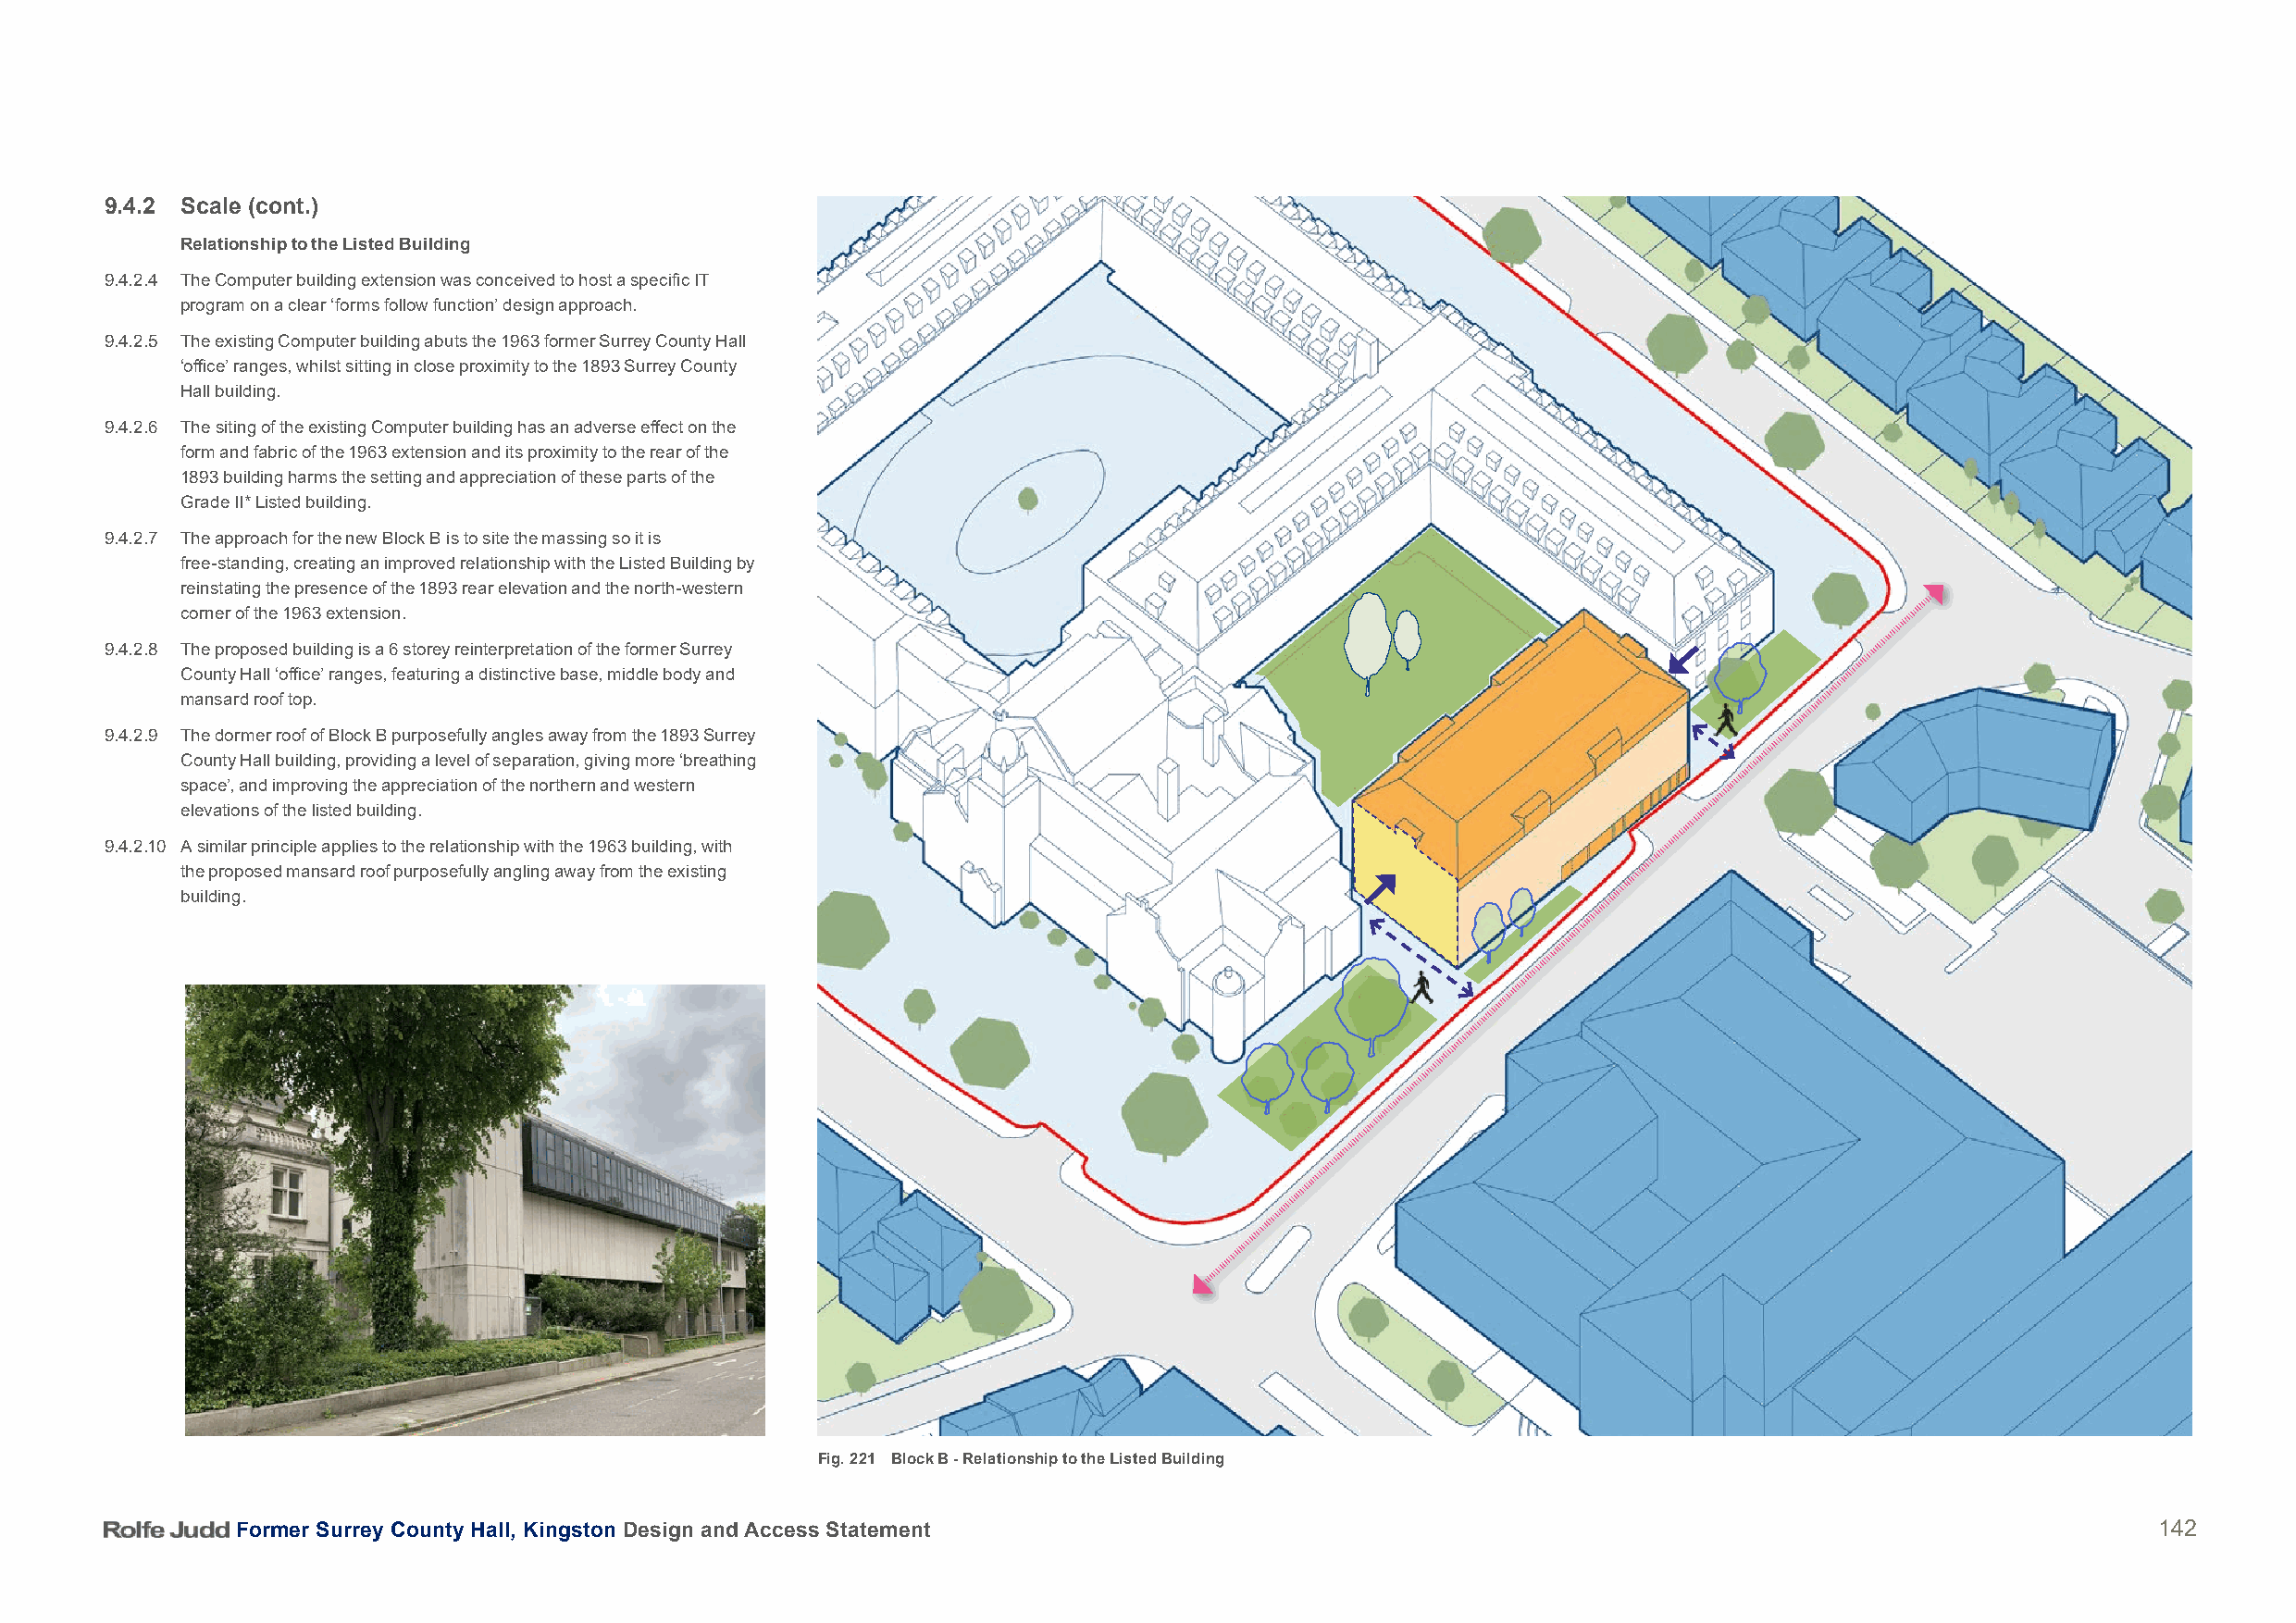
9.4.2 Scale (cont.)
 Relationship to the Listed Building
 9.4.2.4 The Computer building extension was conceived to host a specific IT
 program on a clear ‘forms follow function’ design approach.
 9.4.2.5 The existing Computer building abuts the 1963 former Surrey County Hall
 ‘office’ ranges, whilst sitting in close proximity to the 1893 Surrey County
 Hall building.
 9.4.2.6 The siting of the existing Computer building has an adverse effect on the
 form and fabric of the 1963 extension and its proximity to the rear of the
 1893 building harms the setting and appreciation of these parts of the
 Grade II* Listed building.
 9.4.2.7 The approach for the new Block B is to site the massing so it is
 free-standing, creating an improved relationship with the Listed Building by
 reinstating the presence of the 1893 rear elevation and the north-western
 corner of the 1963 extension.
 9.4.2.8 The proposed building is a 6 storey reinterpretation of the former Surrey
 County Hall ‘office’ ranges, featuring a distinctive base, middle body and
 mansard roof top.
 9.4.2.9 The dormer roof of Block B purposefully angles away from the 1893 Surrey
 County Hall building, providing a level of separation, giving more ‘breathing
 space’, and improving the appreciation of the northern and western
 elevations of the listed building.
 9.4.2.10 A similar principle applies to the relationship with the 1963 building, with
 the proposed mansard roof purposefully angling away from the existing
 building.
 Fig. 221 Block B - Relationship to the Listed Building
 Former Surrey County Hall, Kingston Design and Access Statement                                                                          142